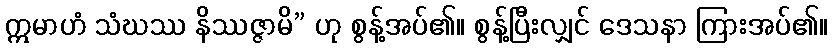
ဣမာဟံ သံဃဿ နိဿဇ္ဇာမိ” ဟု စွန့်အပ်၏။ စွန့်ပြီးလျှင် ဒေသနာ ကြားအပ်၏။